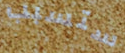
ستسبب